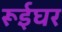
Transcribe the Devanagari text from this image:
रूईघर